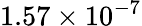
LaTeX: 1.57\times 10^{-7}